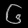
Digit: ၆